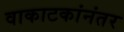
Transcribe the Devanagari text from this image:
वाकाटकांनंतर